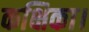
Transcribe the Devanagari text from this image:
कक्षिका।